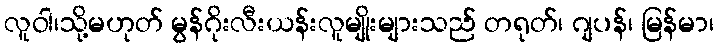
လူဝါ၊သို့မဟုတ် မွန်ဂိုးလီးယန်းလူမျိုးများသည် တရုတ်၊ ဂျပန်၊ မြန်မာ၊